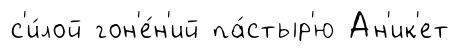
с'и́лой гон'е́н'ий па́стыр'ю Ан'ик'ет